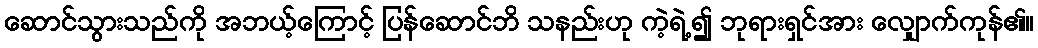
ဆောင်သွားသည်ကို အဘယ့်ကြောင့် ပြန်ဆောင်ဘိ သနည်းဟု ကဲ့ရဲ့၍ ဘုရားရှင်အား လျှောက်ကုန်၏။